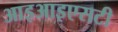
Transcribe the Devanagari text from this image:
आइआइएसटी